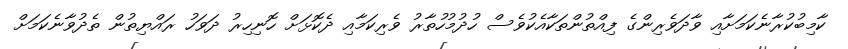
ކާމިބުކުރާނެކަމަށާއި ވާދަވެރިންގެ ފިއްތުންތަކާއެކުވެސް ހުދުމުހުތާރު ވެރިކަމާއި ދެކޮޅަށް ހޮނިހިރު ދަވަހު ރައްޔިތުން ތެދުވާނެކަމަށް